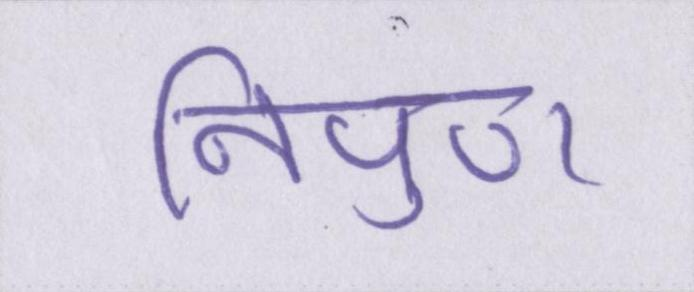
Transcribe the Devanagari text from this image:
निपुण